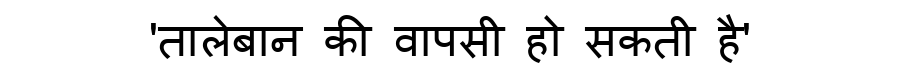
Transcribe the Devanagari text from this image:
'तालेबान की वापसी हो सकती है'